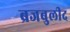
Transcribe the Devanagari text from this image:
ब्रजबुलीद